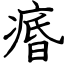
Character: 痻